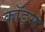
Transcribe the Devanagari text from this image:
कॉङ्‌ग